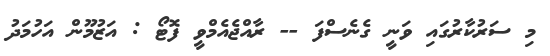
މި ސަރުކާރުގައި ވަނީ ގެނެސްފަ -- ރާއްޖެއެމްވީ ފޮޓޯ : އަޒުމޫން އަހުމަދު